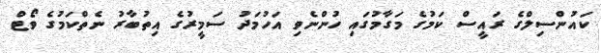
ކައުންސިލްގެ ރައީސް ކަމުގެ މަގާމުގައި ހުންނެވި އަހުމަދު ސަމީރުގެ އިތުބާރު ނެތްކަމުގެ ވޯޓް